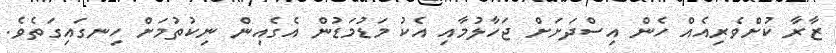
ޒާރާ ކުށްވެރިއެއް ހެން އިސްދަށަށް ޖަހާލުމާއި އެކު މަޑުމަޑުން އެގެއިން ނިކުތުމަށް ހިނގައިގަތެވެ.